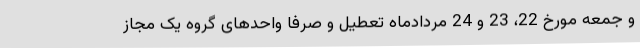
و جمعه مورخ 22، 23 و 24 مردادماه تعطیل و صرفاً واحدهای گروه یک مجاز